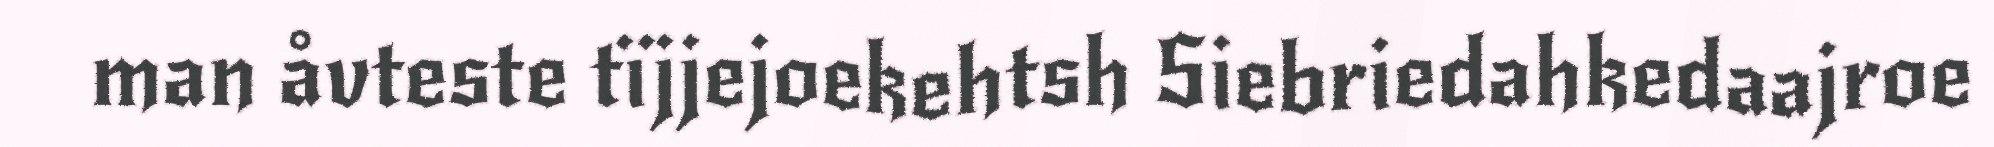
man åvteste tïjjejoekehtsh Siebriedahkedaajroe